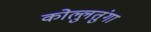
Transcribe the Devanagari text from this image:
कोल्लुतुंगा